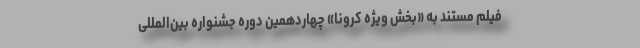
فیلم مستند به «بخش ویژه کرونا» چهاردهمین دوره جشنواره بین‌المللی